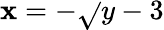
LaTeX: \mathbf{x}=-\sqrt{}{{y-3}}